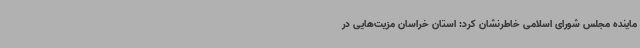
ماینده مجلس شورای اسلامی خاطرنشان کرد: استان خراسان مزیت‌هایی در